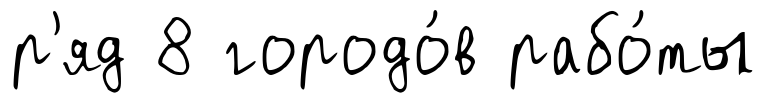
р'яд 8 городо́в рабо́ты